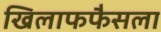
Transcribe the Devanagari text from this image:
खिलाफफैसला